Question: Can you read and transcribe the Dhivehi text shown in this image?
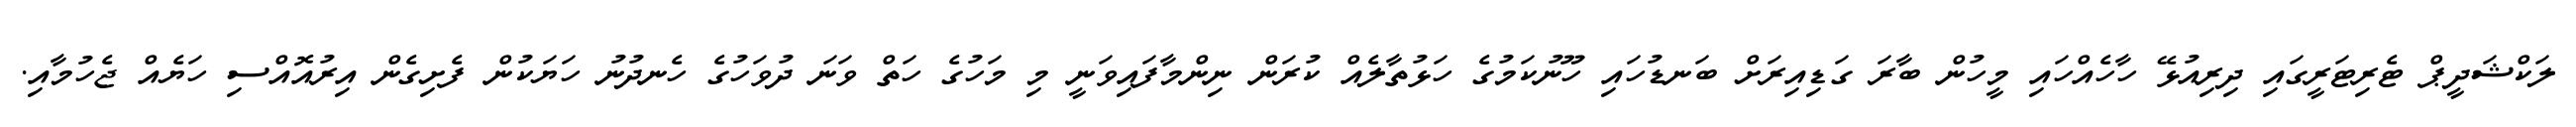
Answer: ލަކްޝަދީޕް ޓެރިޓަރީގައި ދިރިއުޅޭ ހާހެއްހައި މީހުން ބާރަ ގަޑިއިރަށް ބަނޑުހައި ހޫނުކަމުގެ ހަޅުތާލެއް ކުރަން ނިންމާފައިވަނީ މި މަހުގެ ހަތް ވަނަ ދުވަހުގެ ހެނދުނު ހަޔަކުން ފެށިގެން އިރުއޮއްސި ހަޔެއް ޖެހުމާއި.